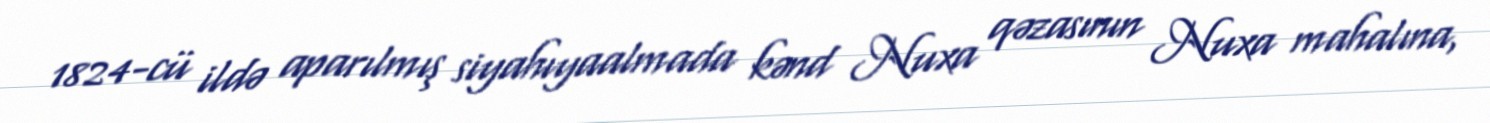
1824-cü ildə aparılmış siyahıyaalmada kənd Nuxa qəzasının Nuxa mahalına,